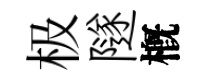
极隧槪